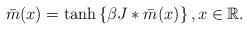
LaTeX: \begin{align*} \bar m (x)= \tanh\left\{\beta J *\bar m (x)\right\}, x\in\mathbb R. \end{align*}